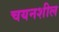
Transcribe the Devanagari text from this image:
चयनशील